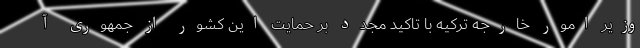
وزیر امور خارجه ترکیه با تاکید مجدد بر حمایت این کشور از جمهوری آ